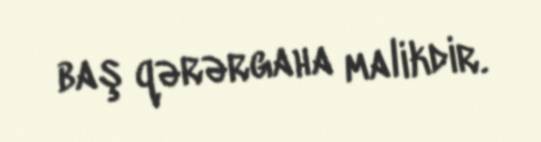
baş qərərgaha malikdir.